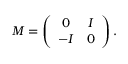
M = \left( \begin{array} { c c } { { 0 } } & { { I } } \\ { { - I } } & { { 0 } } \end{array} \right) .